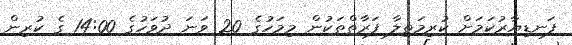
ފަނޑިޔާރުކަމަށް ކުރިމަތިލާ ފަރާތްތަކުން މިމަހުގެ 20 ވަނަ ދުވަހުގެ 14:00 ގެ ކުރިން